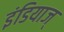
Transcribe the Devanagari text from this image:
इंडियाज्